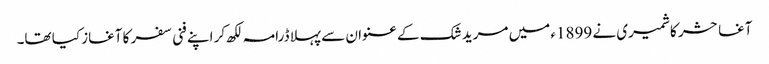
آغا حشر کاشمیری نے 1899ء میں مرید شک کے عنوان سے پہلا ڈرامہ لکھ کر اپنے فنی سفر کا آغاز کیا تھا۔